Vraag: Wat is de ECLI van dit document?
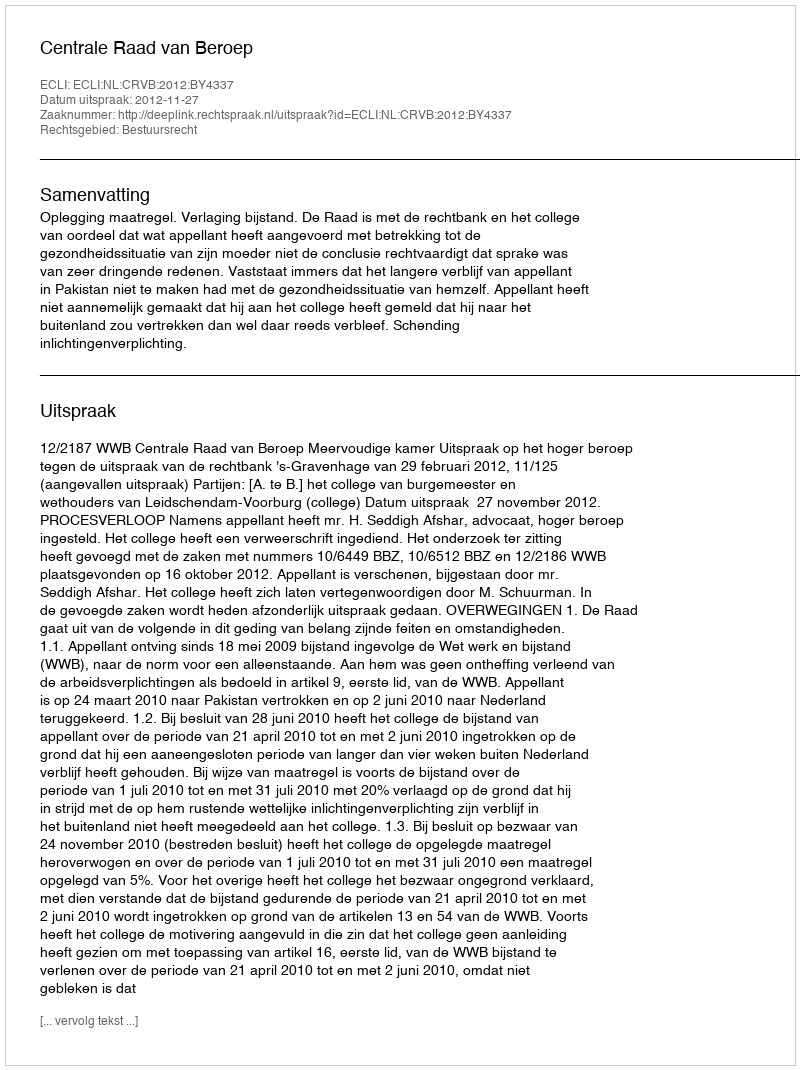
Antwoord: ECLI:NL:CRVB:2012:BY4337